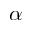
\alpha